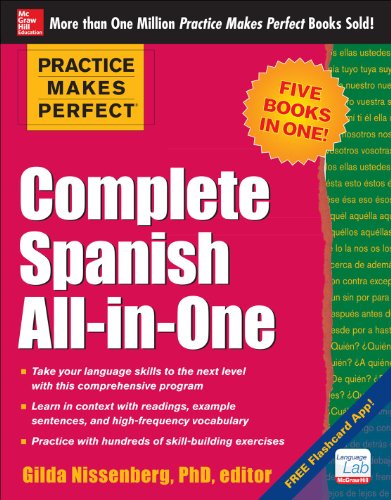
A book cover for Practice Makes Perfect Complete Spanish All-in-One; Gilda Nissenberg; Reference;